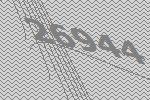
26944